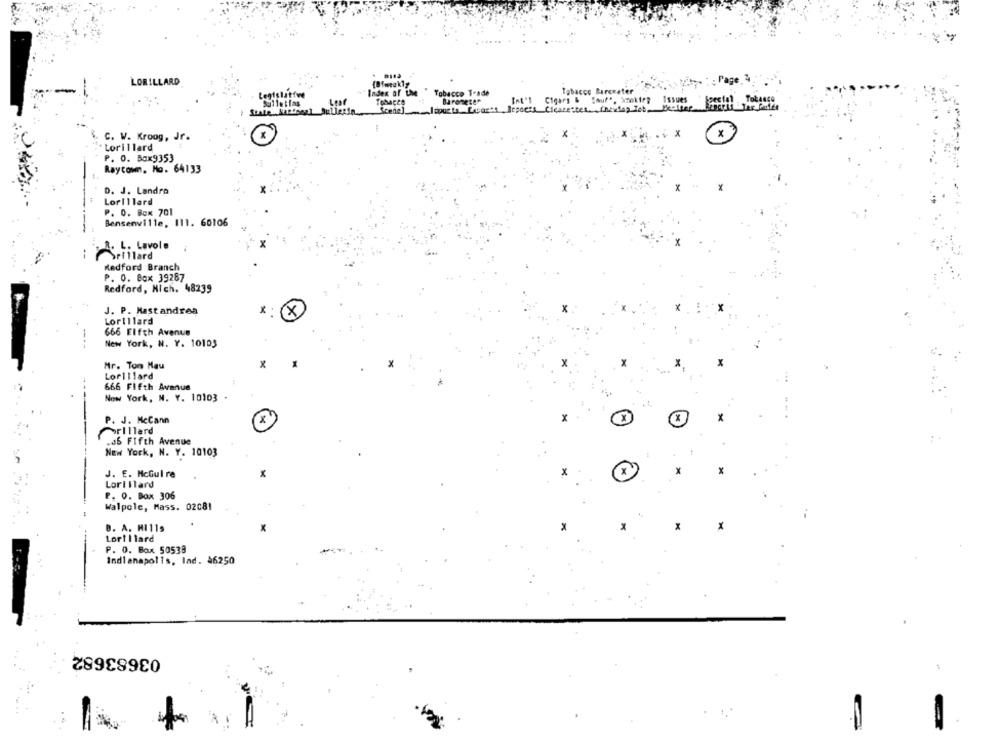
LORILLARD
by : Page.4.
Tobacco Bircoater
Index of UM
Tobacco T-ade
Special Tobacco
Tobacco
Barometer
Int'l Cigars & "auf", Smokie? Issues
X
C. W. Kroog, Jr.
Lorillard
P. O. Box9353
Raytown, No. 64133
D. J. Landra
Lorillard
P. O. Box 701
Bensenville, 111. 60106
. L. Lavole
Srillard
Medford Branch
P. O. Box 39287
Redford, Nich. 48239
J. P. Mastandrea
x
LorIllard
666 Elfth Avenue
New York, N. Y. 10103
Mr. Ton Mau
Lorillard
666 Fifth Avenue
New York, N. Y. 10103
P. J. McCann
X
orIllard
.36 Fifth Avenue
New York, N. Y. 10103
J. E. McGuire
x
LorIllard
P. O. Box 306
Walpole, Mass. 02081
B. A. HI11s
Loril lard
P. O. Box 50538
Indianapolis, Ind. 46250
03683682